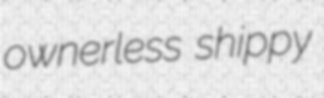
ownerless shippy